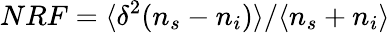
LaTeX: NRF=\langle\delta^{2}(n_{s}-n_{i})\rangle/\langle n_{s}+n_{i}\rangle